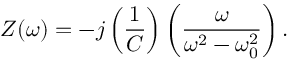
Z ( \omega ) = - j \left( { \frac { 1 } { C } } \right) \left( { \frac { \omega } { \omega ^ { 2 } - \omega _ { 0 } ^ { 2 } } } \right) .